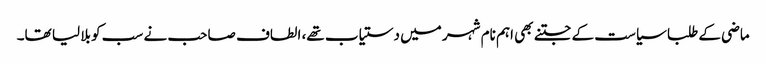
ماضی کے طلبا سیاست کے جتنے بھی اہم نام شہر میں دستیاب تھے، الطاف صاحب نے سب کو بلا لیا تھا۔